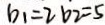
b _ { 1 } = 2 b _ { 2 } = 5